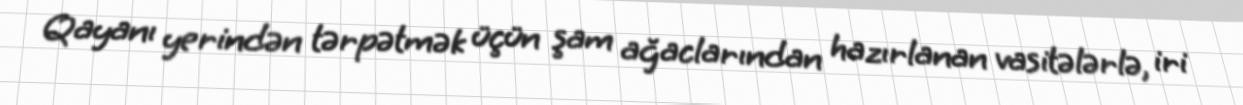
Qayanı yerindən tərpətmək üçün şam ağaclarından hazırlanan vasitələrlə, iri